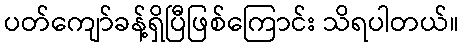
ပတ်ကျော်ခန့်ရှိပြီဖြစ်ကြောင်း သိရပါတယ်။